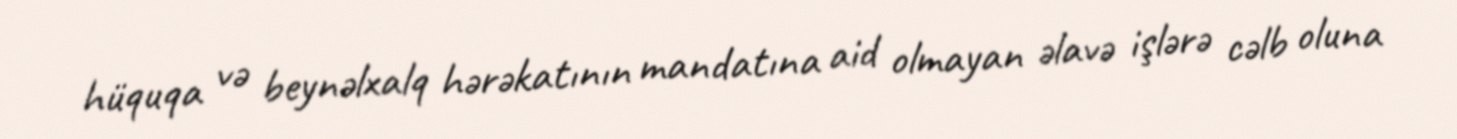
hüquqa və beynəlxalq hərəkatının mandatına aid olmayan əlavə işlərə cəlb oluna